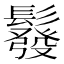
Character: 𩯌